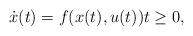
LaTeX: \begin{align*}\dot{x}(t)=f(x(t),u(t)) t \geq 0,\end{align*}